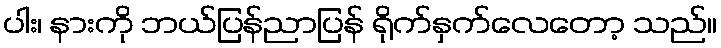
ပါး၊ နားကို ဘယ်ပြန်ညာပြန် ရိုက်နှက်လေတော့ သည်။